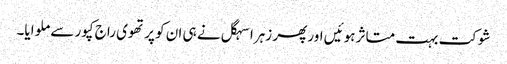
شوکت بہت متاثر ہوئیں اور پھر زہرا سہگل نے ہی ان کو پرتھوی راج کپور سے ملوایا۔